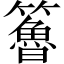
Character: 𥶇